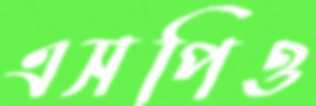
এসপিও